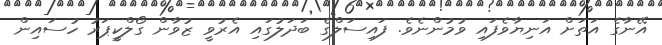
އޭނާގެ އަތަށް އަނިޔާވެފައި ވުމުންނެވެ. ފައިސަލްގެ ބަދަލުގައި އެރުވީ ޒުވާން ގޯލްކީޕަރު ހުސައިން